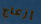
إزعاج